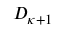
D _ { \kappa + 1 }